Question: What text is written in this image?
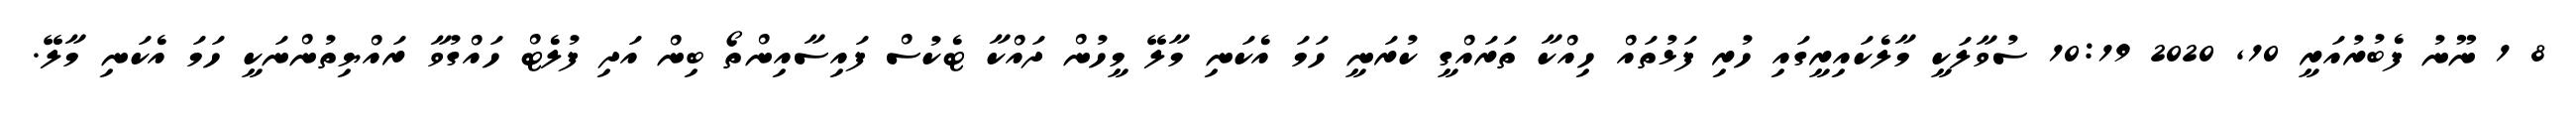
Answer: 8 1 ނޫނު ފެބުރުއަރީ 10, 2020 10:19 ސުވާލަކީ މާލެކައިރީގައި ހުރި ފަޅުތައް ހިއްކާ ތަރައްގީ ކުރަނީ ހަމަ އެކަނި މާލޭ މީހުން ދައްކާ ޓެކުސް ފައިސާއިންތޯ ބިން އަދި ފުލެޓް ހައްގުވާ ރައްޔިތުންނަކީ ހަމަ އެކަނި މާލޭ.